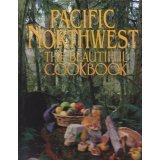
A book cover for Pacific Northwest: The Beautiful Cookbook; Kathy Casey; Cookbooks, Food & Wine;